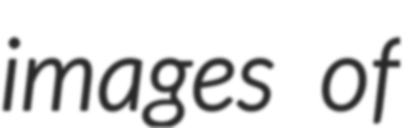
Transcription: images of